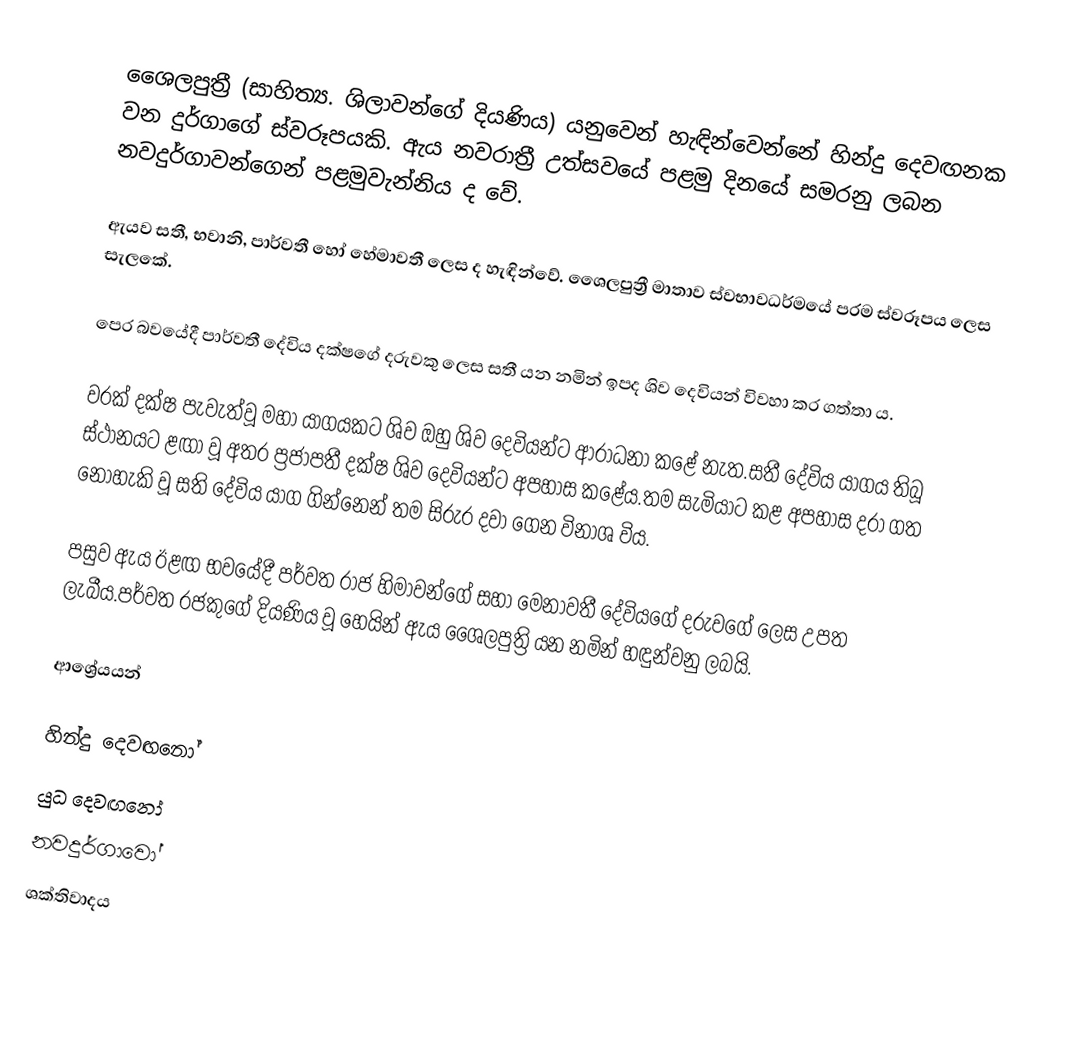
ශෛලපුත්‍රී (සාහිත්‍ය. ශිලාවන්ගේ දියණිය) යනුවෙන් හැඳින්වෙන්නේ හින්දු දෙවඟනක වන දුර්ගාගේ ස්වරූපයකි. ඇය නවරාත්‍රී උත්සවයේ පළමු දිනයේ සමරනු ලබන නවදුර්ගාවන්ගෙන් පළමුවැන්නිය ද වේ.

ඇයව සතී, භවානි, පාර්වතී හෝ හේමාවතී ලෙස ද හැඳින්වේ. ශෛලපුත්‍රී මාතාව ස්වභාවධර්මයේ පරම ස්වරූපය ලෙස සැලකේ.

පෙර බවයේදී පාර්වතී දේවිය දක්ෂගේ දරුවකු ලෙස සතී යන නමින් ඉපද ශිව දෙවියන් විවහා කර ගත්තා ය.

වරක් දක්ෂ පැවැත්වූ මහා යාගයකට ශිව ඔහු ශිව දෙවියන්ට ආරාධනා කළේ නැත.සතී දේවිය යාගය තිබූ ස්ථානයට ළඟා වූ අතර ප්‍රජාපතී දක්ෂ ශිව දෙවියන්ට අපහාස කළේය.තම සැමියාට කළ අපහාස දරා ගත නොහැකි වූ සති දේවිය යාග ගින්නෙන් තම සිරුර දවා ගෙන විනාශ විය.

පසුව ඇය ඊළඟ භවයේදී පර්වත රාජ හිමාවන්ගේ සහා මෙනාවතී දේවියගේ දරුවගේ ලෙස උපත ලැබීය.පර්වත රජකුගේ දියණිය වූ හෙයින් ඇය ශෛලපුත්‍රි යන නමින් හඳුන්වනු ලබයි.

ආශ්‍රේයයන්

හින්දු දෙවඟනෝ
යුධ දෙවඟනෝ
නවදුර්ගාවෝ
ශක්තිවාදය